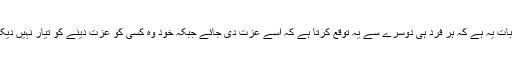
مزے کی بات یہ ہے کہ ہر فرد ہی دوسرے سے یہ توقع کرتا ہے کہ اسے عزت دی جائے جبکہ خود وہ کسی کو عزت دینے کو تیار نہیں دیکھائی دیتا ۔